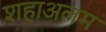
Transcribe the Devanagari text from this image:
शहाअलम